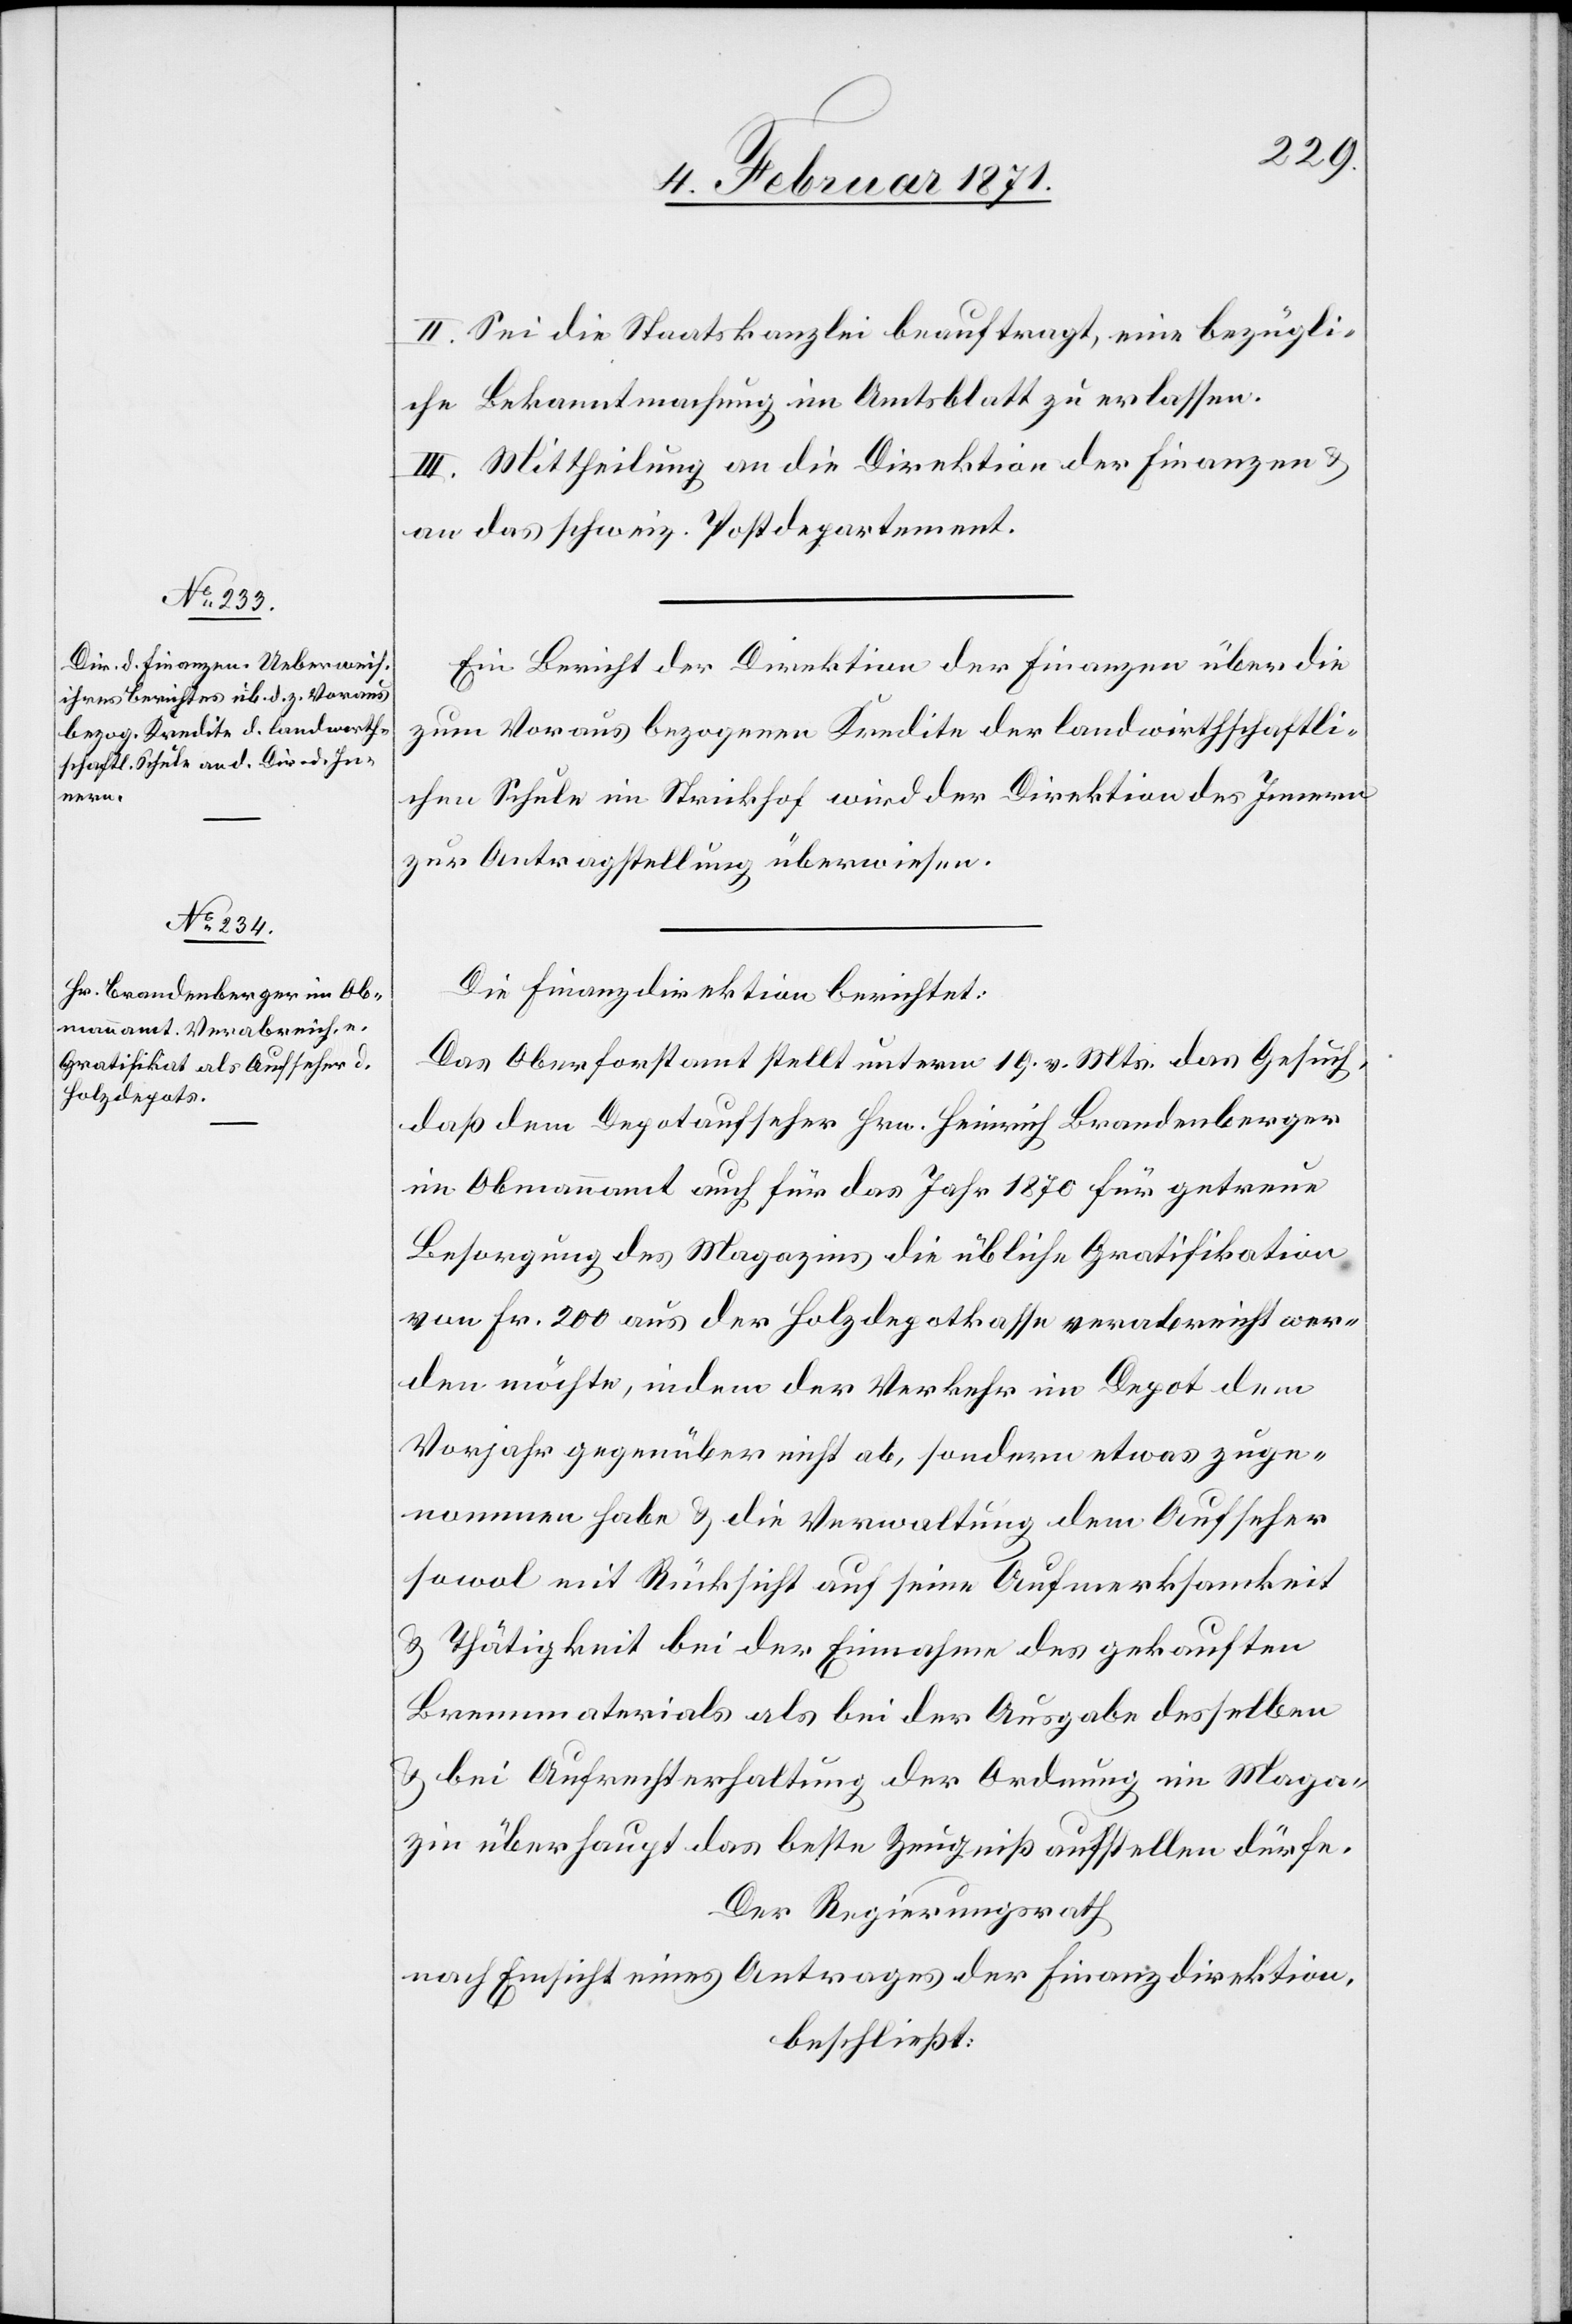
II. Sei die Staatskanzlei beauftragt, eine bezügli¬
che Bekanntmachung im Amtsblatt zu erlassen.
III. Mittheilung an die Direktion der Finanzen u.
an das schweiz. Postdepartement.
Ein Bericht der Direktion der Finanzen über die
zum Voraus bezogenen Kredite der landwirthschaftli¬
chen Schule im Strickhof wird der Direktion des Innern
zur Antragstellung überwiesen.
Die Finanzdirektion berichtet:
Das Oberforstamt stellt unterm 19. v. Mts. das Gesuch
daß dem Depotaufseher Hrn. Heinrich Brandenberger
im Obmannamt auch für das Jahr 1870 für getreue
Besorgung des Magazins die übliche Gratifikation
von Fr. 200 aus der Holzdepotkasse verabreicht wer¬
den möchte, indem der Verkehr im Depot dem
Vorjahr gegenüber nicht ab, sondern etwas zuge¬
nommen habe u. die Verwaltung dem Aufseher
sowol mit Rücksicht auf seine Aufmerksamkeit
u. Thätigkeit bei der Einnahme des gekauften
Brennmaterials als bei der Ausgabe desselben
u. bei Aufrechterhaltung der Ordnung im Maga¬
zin überhaupt das beste Zeugniß aufstellen dürfe.
Der Regierungsrath
nach Einsicht eines Antrages der Finanzdirektion,
beschließt: